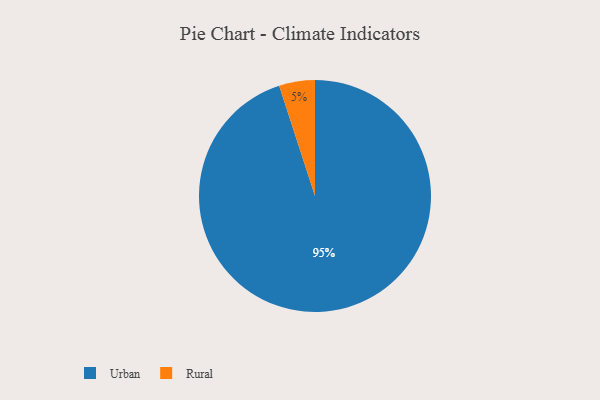
{"axis": {"x": "Category", "y": "Percentage"}, "legend": ["Rural", "Urban"], "data": [{"x": "Rural", "y": 5, "type": "Rural"}, {"x": "Urban", "y": 95, "type": "Urban"}]}